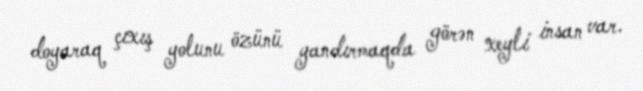
doyaraq çıxış yolunu özünü yandırmaqda görən xeyli insan var.